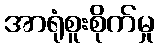
အာရုံစူးစိုက်မှု